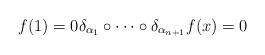
LaTeX: \begin{align*}f(1)=0 \delta_{\alpha_{1}}\circ \cdots \circ \delta_{\alpha_{n+1}}f(x)=0\end{align*}